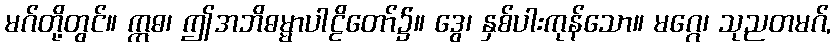
မဂ်တို့တွင်။ ဣဓ၊ ဤအဘိဓမ္မာပါဠိတော်၌။ ဒွေ၊ နှစ်ပါးကုန်သော။ မဂ္ဂေ၊ သုညတမဂ်,